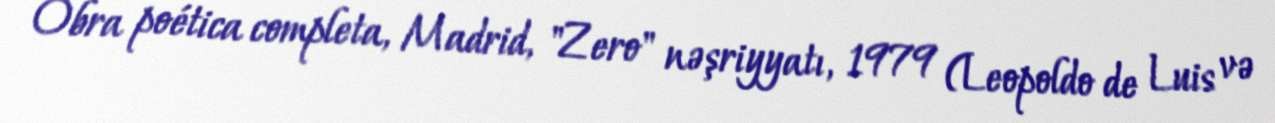
Obra poética completa, Madrid, "Zero" nəşriyyatı, 1979 (Leopoldo de Luis və